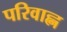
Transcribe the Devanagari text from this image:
परिवाह्न